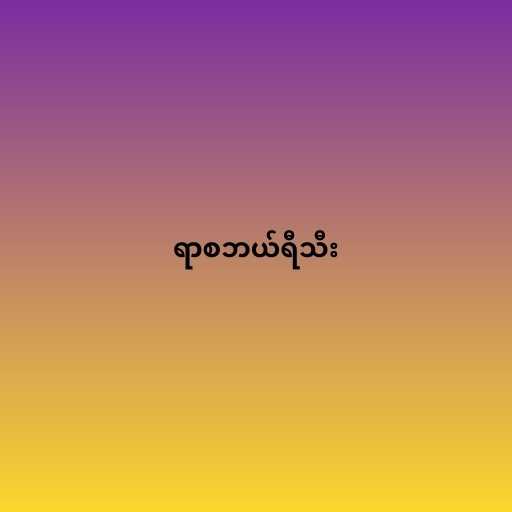
ရာစဘယ်ရီသီး